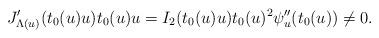
LaTeX: \begin{align*}J_{\Lambda(u)}'(t_0(u)u)t_0(u)u=I_2(t_0(u)u)t_0(u)^2\psi_u''(t_0(u))\neq 0.\end{align*}